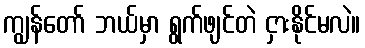
ကျွန်တော် ဘယ်မှာ ရွက်ဖျင်တဲ ငှားနိုင်မလဲ။